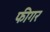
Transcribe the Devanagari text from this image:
फीगर